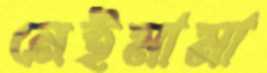
নেইমামা